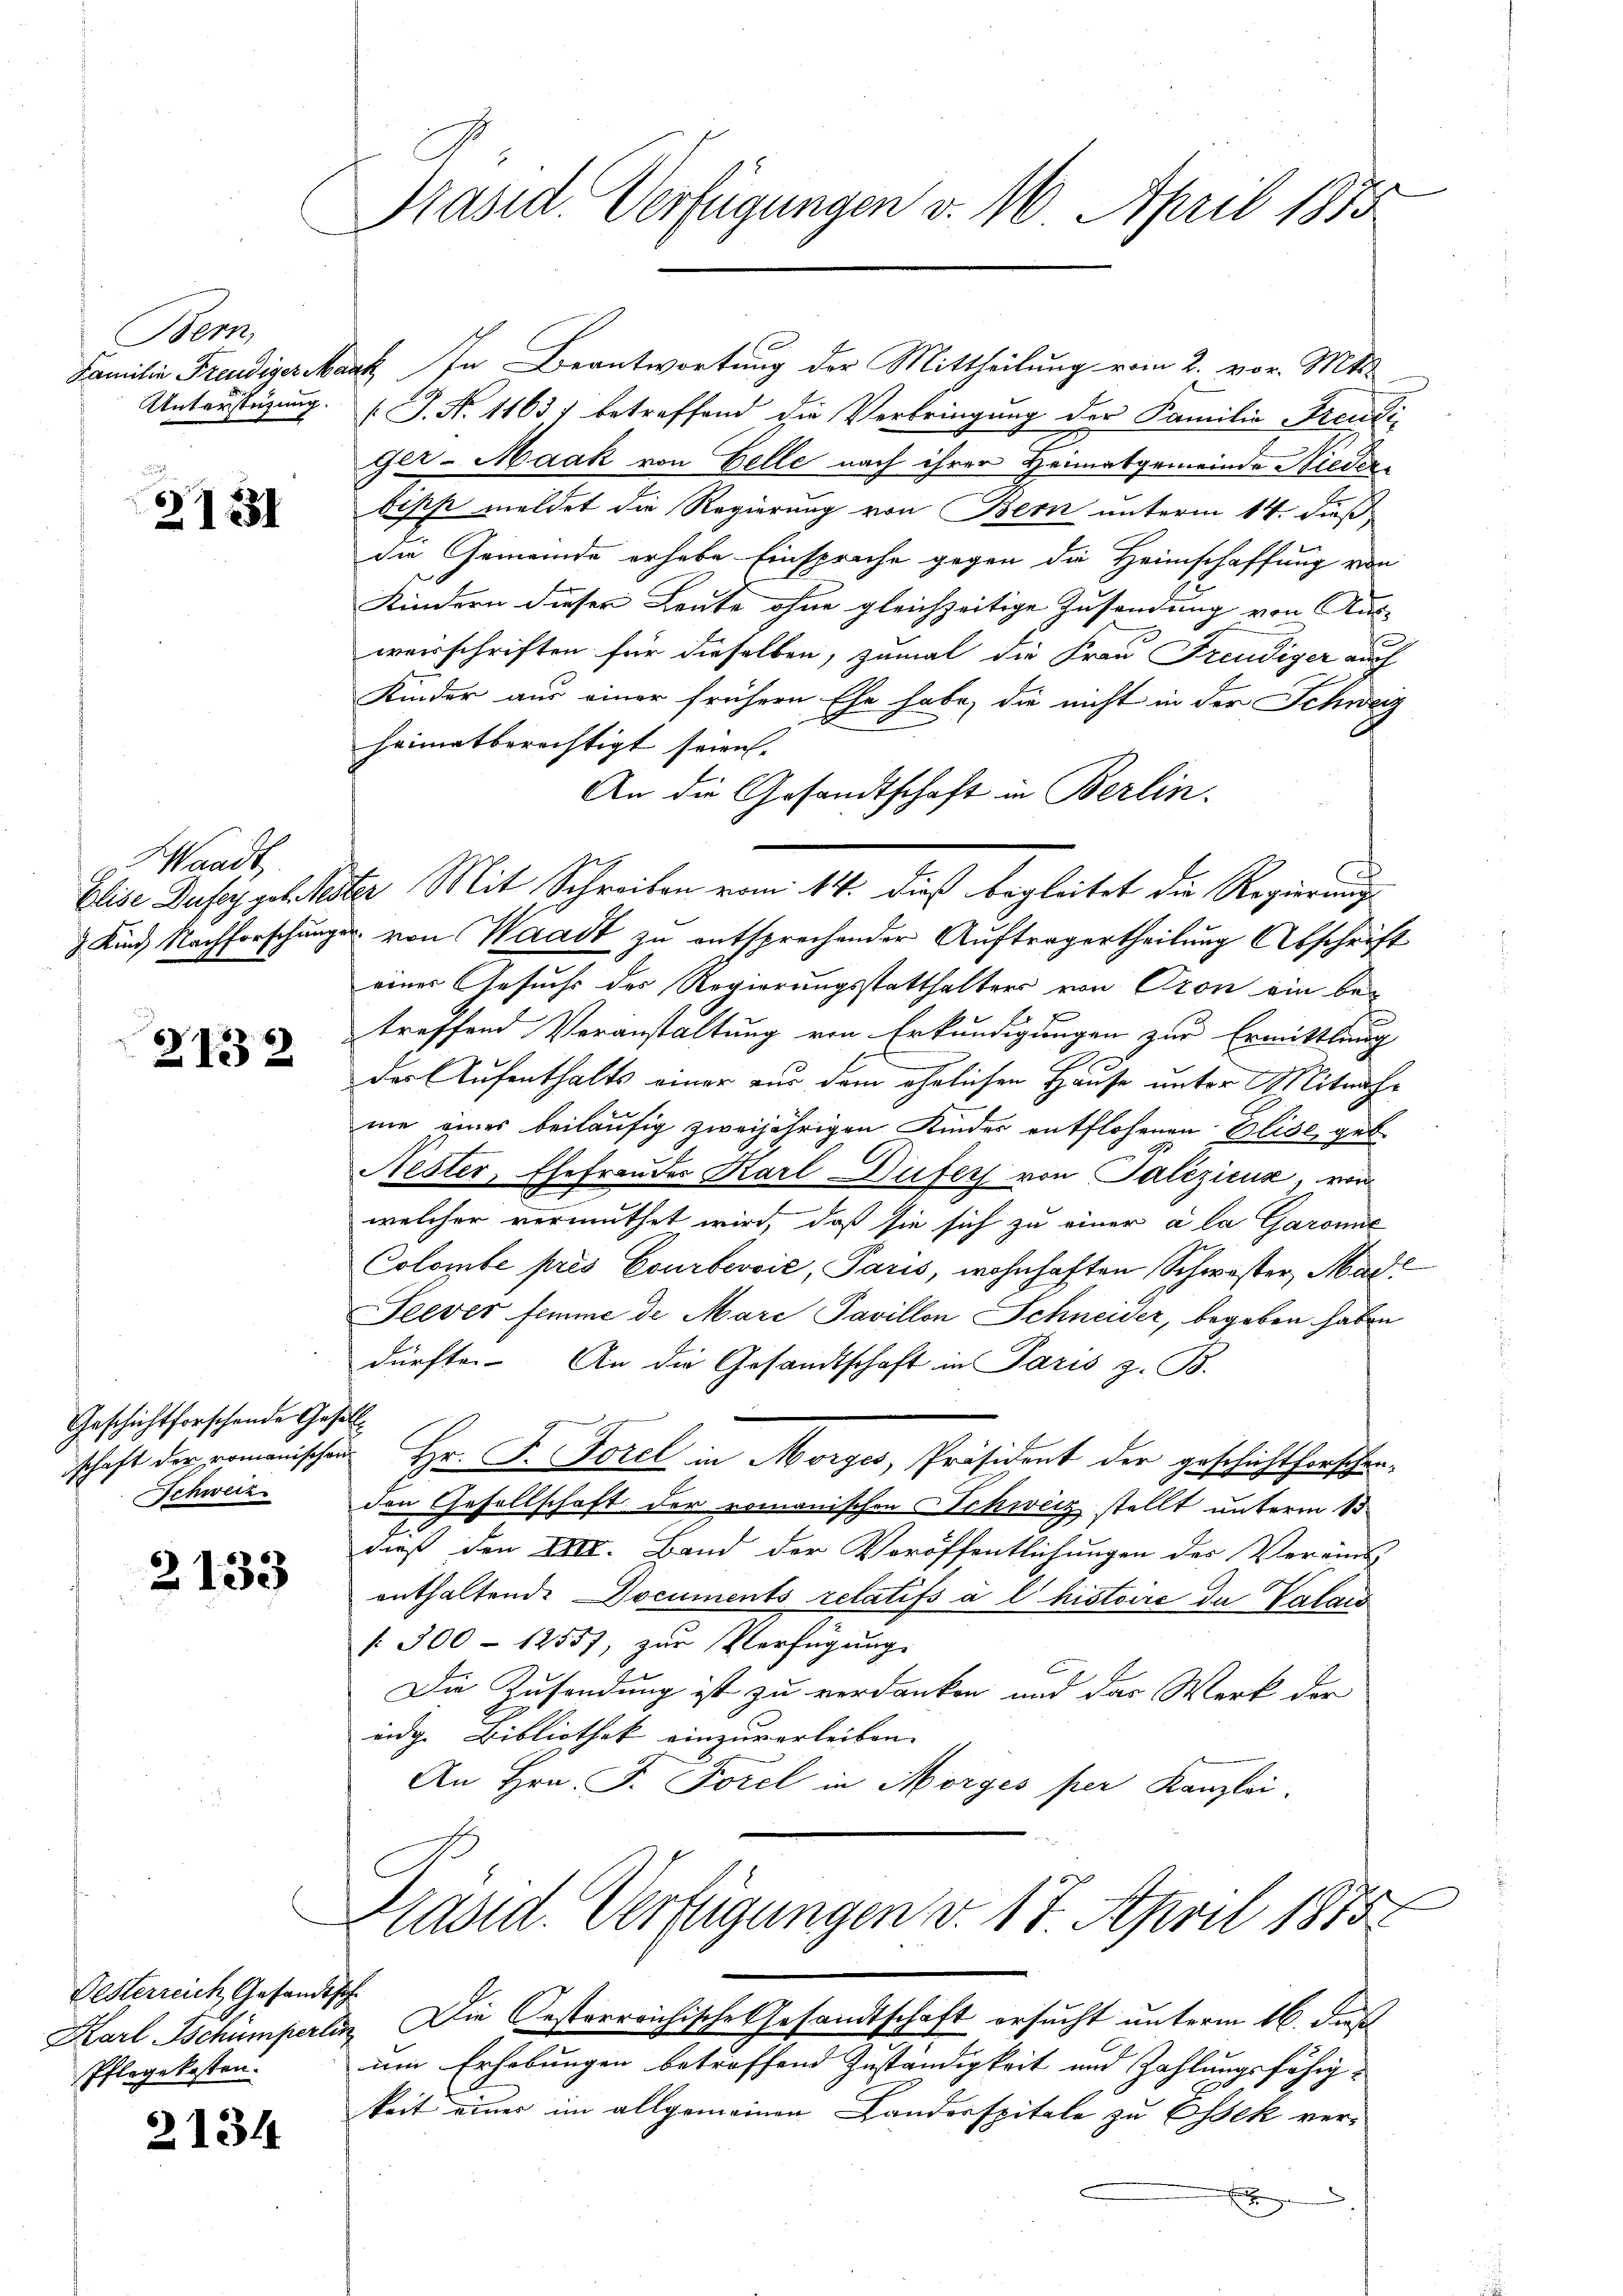
Bern,
Unterstüzung.

e
2131

Waadt
Elise Dufer geb. Mes

21332

Geschichtforschende Gesell
Schweiz.

2133

Festerreich Gesandtsch
Pflegekosten.

2134

Präsid. Verfügungen v. 16. April 1873

Familie Freudigersank. In Beantwortung der Mittheilung vom 2. vor. Mts.
[J. N. 11637 betreffend die Verbringung der Familie Freudi-
Ger-Maak von Gelle nach ihrer Heimatgemeinde Niederbisse meldet die Regierung von Bern unterm 14. Fuß
die Gemeinde erhabe Einsprüche gegen die Heimschaffung von
Kindern dieser Leute ohne gleichzeitige Zusendung von Aus-
weisschriften für dieselben, zumal die Frau Freudiger auch
Kinder aus einer frühern Ehe habe, die nicht in der Schweiz
heimatberechtigt seien.
An die Gesandtschaft in Berlin.
d Mit Schreiben vom 14. dieß begleitet die Regierung
 Kind Nachforschunger von Waadt zu entsprechender Auftragertheilung Abschrift
einer Gesuchs des Regierungsstatthalters von Cron ein bei
treffend Veranstaltung von Erkundigungen zur Ermittlung
der Aufenthalts einer aus dem ähnlichen Hause unter Mitnahme eines beiläufig zweijährigen Kinder entflohenen Elise, geb.
Nester, Ehefrauder Karl Dufers von Paliziens, von
welcher vermuthet wird, daß sie sich zu einer à la Garonne
Colombe pris Courbevvić, Paris, wohnhaften Schwester, Mad
Seever femme de Mare Pavillon Schneider, begeben haben
dürfte. An die Gesandtschaft in Paris z. B.
schaft der romanischen Hr. F. Forel in Morges, Präsident der geschichtserschenden Gesellschaft der romanischen Schweiz stellt unterm 13
dieß den XIII. Band der Veröffentlichungen der Vereins
enthaltende Documents relatifs à l’histoire de Valais
 300 - 1255), zur Verfügung
Die Zusendung ist zu verdanken und das Werk der
eidg. Bibliothek einzuverleiben. |
An Hrn. F. Forel in Morges per Kanzlei.
Grand. Verfügungen v. 17. April 1875.

Karl Tschümperlin. Die Oesterreichische Gesandtschaft ersucht unterm 16. daß
um Erhebungen betroffend Zuständigkeit und Zahlungsfähig-
keit eines im allgemeinen Landerspitale zu Essek ver¬

x